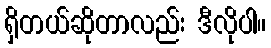
ရှိတယ်ဆိုတာလည်း ဒီလိုပါ။